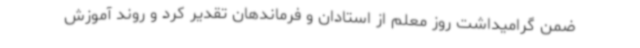
ضمن گرامیداشت روز معلم از استادان و فرماندهان تقدیر کرد و روند آموزش